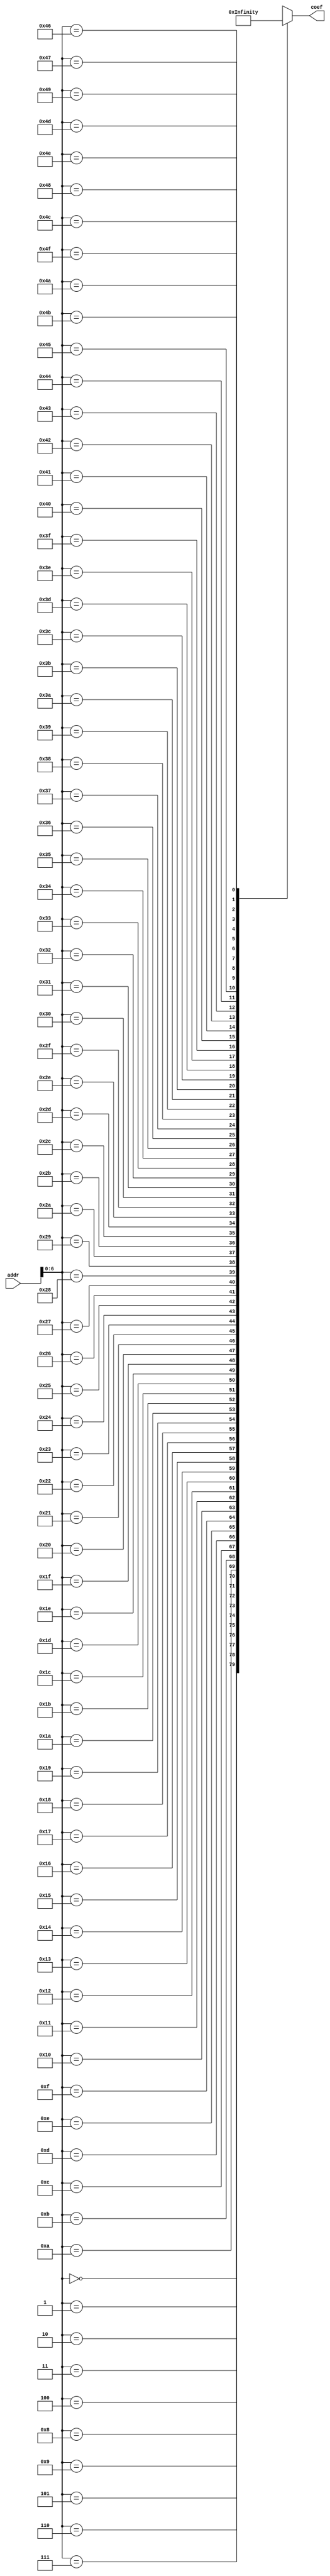
/*
date:2018/5/8
FPGA
2FFT-verilog2
*/

module fw_sram_3 #(
  parameter WIDTH_A = 12
)
(
   input [WIDTH_A-1:0] addr,
   
   output[39:0]  coef

);

       

wire [39:0] Coef [0:79];
assign Coef[0] = 'hB9DDFBDFBF;
assign Coef[1] = 'h302628E0A3;
assign Coef[2] = 'hFFFFFBFFFD;
assign Coef[3] = 'hA501462643;
assign Coef[4] = 'hFB1EF2B74A;
assign Coef[5] = 'h00326808EA;
assign Coef[6] = 'h625579773F;
assign Coef[7] = 'hFDDDF7DF9F;
assign Coef[8] = 'h0222042002;
assign Coef[9] = 'h02024C2000;
assign Coef[10] = 'h0002002002;
assign Coef[11] = 'hDEEDD7DF95;
assign Coef[12] = 'h18020C0180;
assign Coef[13] = 'hCEDEC9B374;
assign Coef[14] = 'hBDDD77FF5D;
assign Coef[15] = 'hDDFFEBE7FD;
assign Coef[16] = 'hFDFDF7DFF9;
assign Coef[17] = 'hAD9DF656F3;
assign Coef[18] = 'hEE5FD7DF1F;
assign Coef[19] = 'hFFFDEFFF9D;
assign Coef[20] = 'hFECFD7D75F;
assign Coef[21] = 'hE30B1A2052;
assign Coef[22] = 'h6BD769378F;
assign Coef[23] = 'hFFFEFFDFFF;
assign Coef[24] = 'hFFFDF7DF8E;
assign Coef[25] = 'h040292A252;
assign Coef[26] = 'h3FFDDFD71F;
assign Coef[27] = 'hFFFDFFFF7D;
assign Coef[28] = 'hD8FC76DFEF;
assign Coef[29] = 'h8202780960;
assign Coef[30] = 'hDFF9FBFD9D;
assign Coef[31] = 'hF0208969C3;
assign Coef[32] = 'h00024C0080;
assign Coef[33] = 'hAD47028AC7;
assign Coef[34] = 'h14200400A0;
assign Coef[35] = 'hDFF8777FAD;
assign Coef[36] = 'hF1FDF74CE7;
assign Coef[37] = 'hCE9FCBFF7C;
assign Coef[38] = 'h2E20882022;
assign Coef[39] = 'h0826000982;
assign Coef[40] = 'hB1FDE1DFEF;
assign Coef[41] = 'h06024C0880;
assign Coef[42] = 'h56CFFF77BD;
assign Coef[43] = 'hE12008487A;
assign Coef[44] = 'hFBFF7FFF9F;
assign Coef[45] = 'h1408042083;
assign Coef[46] = 'h87BAE108B5;
assign Coef[47] = 'hFBF5FBF775;
assign Coef[48] = 'h7BEFBFD53E;
assign Coef[49] = 'h396C014CEB;
assign Coef[50] = 'hFFDFFFFF7F;
assign Coef[51] = 'hEAD7FBE31F;
assign Coef[52] = 'h32020400A2;
assign Coef[53] = 'h443135DEB2;
assign Coef[54] = 'hD9FDF3D5EF;
assign Coef[55] = 'h4043D48F05;
assign Coef[56] = 'h42260C2252;
assign Coef[57] = 'h00028C002A;
assign Coef[58] = 'h7BFF7FFF7D;
assign Coef[59] = 'hFFDDF6FFDF;
assign Coef[60] = 'h10802508A6;
assign Coef[61] = 'h1402040080;
assign Coef[62] = 'h060A0C40E4;
assign Coef[63] = 'hF5F5F7DF9F;
assign Coef[64] = 'h21212040E2;
assign Coef[65] = 'h0402082082;
assign Coef[66] = 'hF74BD6B65F;
assign Coef[67] = 'hFD9FFFDF7F;
assign Coef[68] = 'h0602402000;
assign Coef[69] = 'h77CDD2BF9F;
assign Coef[70] = 'hCFDF6AFD5C;
assign Coef[71] = 'h28461A2212;
assign Coef[72] = 'h14A0640080;
assign Coef[73] = 'h2396400052;
assign Coef[74] = 'h8CEC4B7EA5;
assign Coef[75] = 'h471A008054;
assign Coef[76] = 'h2413C0201C;
assign Coef[77] = 'hE3D700A04E;
assign Coef[78] = 'hCDDFD7975F;
assign Coef[79] = 'hF7CF5BD7FE;




assign   coef= Coef[addr];
endmodule